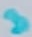
Text: 3